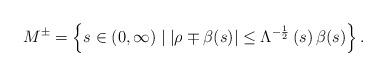
LaTeX: \begin{align*}M^{\pm}=\left\{ s\in\left( 0,\infty\right) \mid\left\vert \rho\mp\beta(s)\right\vert \leq\Lambda^{-\frac{1}{2}}\left( s\right) \beta(s)\right\} .\end{align*}